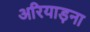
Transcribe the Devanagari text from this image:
अरियाड़ना